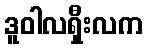
ဒူဝါလရှီးလက